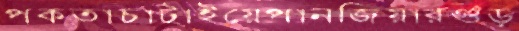
পক্বতাচাটাইয়েপানজিয়ারগুঁড়